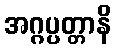
အဂ္ဂပ္ပတ္တာနိ